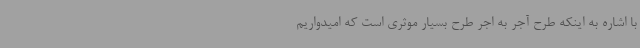
با اشاره به اینکه طرح آجر به اجر طرح بسیار موثری است که امیدواریم